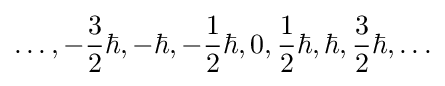
\ldots ,-{\frac {3}{2}}\hbar ,-\hbar ,-{\frac {1}{2}}\hbar ,0,{\frac {1}{2}}\hbar ,\hbar ,{\frac {3}{2}}\hbar ,\ldots